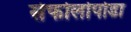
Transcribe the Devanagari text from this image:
सेफोलोपोडा